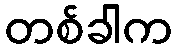
တစ်ခါက